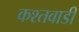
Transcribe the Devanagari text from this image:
कश्तवाडी